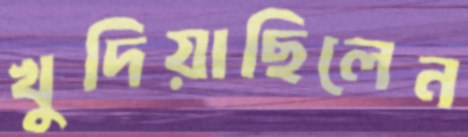
খুদিয়াছিলেন